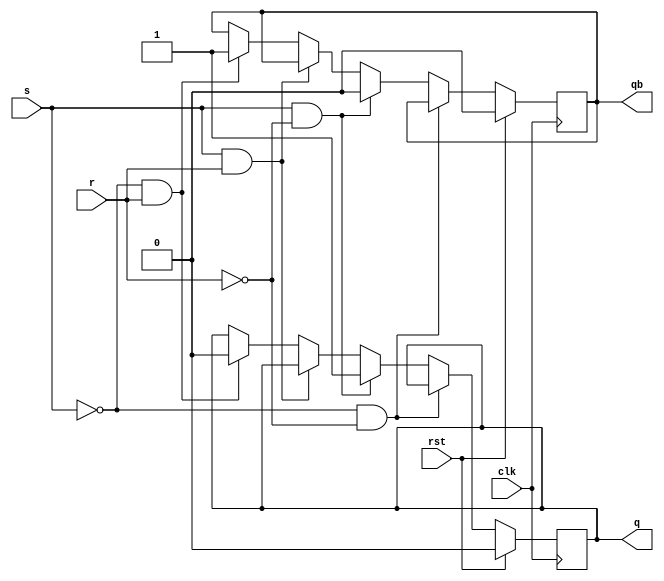
module srff(s,r,clk,rst,q,qb);
input s,r,clk,rst;
output q,qb;
reg q,qb;
always@(posedge clk)
begin
if(rst==1)
  begin
    q=1'b0;
    qb=1'b0;
  end
else
  begin
  if(s==0&r==0)
  begin
  q=q;
  qb=qb;
end 
else if(s==1&r==0)
begin
  q=1'b1;
  qb=1'b0;
end
else if(s==1&r==1)
begin
  q=q;
  qb=qb;
end   
else if(s==0&r==1)
  begin
    q=1'b0;
    qb=1'b1;
  end
end
end
endmodule